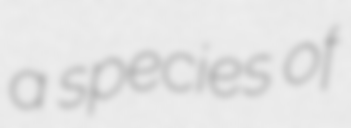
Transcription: a species of